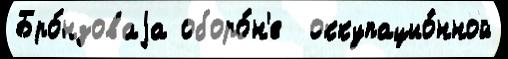
Бро́нзоваjа оборо́н'е  оккупацио́нной